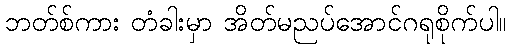
ဘတ်စ်ကား တံခါးမှာ အိတ်မညပ်အောင်ဂရုစိုက်ပါ။